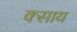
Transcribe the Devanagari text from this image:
क्साय